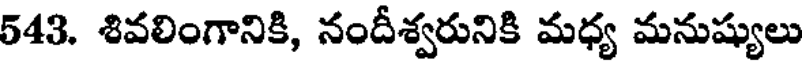
543. శివలింగానికి, నందీశ్వరునికి మధ్య మనుష్యులు